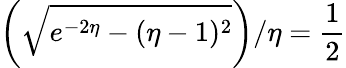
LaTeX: \left(\sqrt{e^{-2\eta}-(\eta-1)^{2}}\right)/\eta=\frac{1}{2}